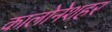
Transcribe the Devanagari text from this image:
कालोनेशहर